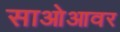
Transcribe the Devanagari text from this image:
साओआवर